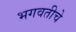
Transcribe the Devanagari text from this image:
भगवतीचे